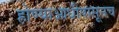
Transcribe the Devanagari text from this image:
होण्याआधीपासूनच